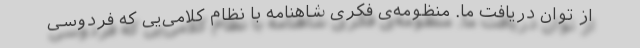
از توان دریافت ما. منظومه‌ی فکری شاهنامه با نظام کلامی‌‌یی که فردوسیِ